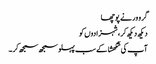
گرو ور نے پوچھا
دیکھ دیکھ کر، شہزادوں کو
آپ کی شکھشا کے سب پہلو سمجھ سمجھ کر ۔